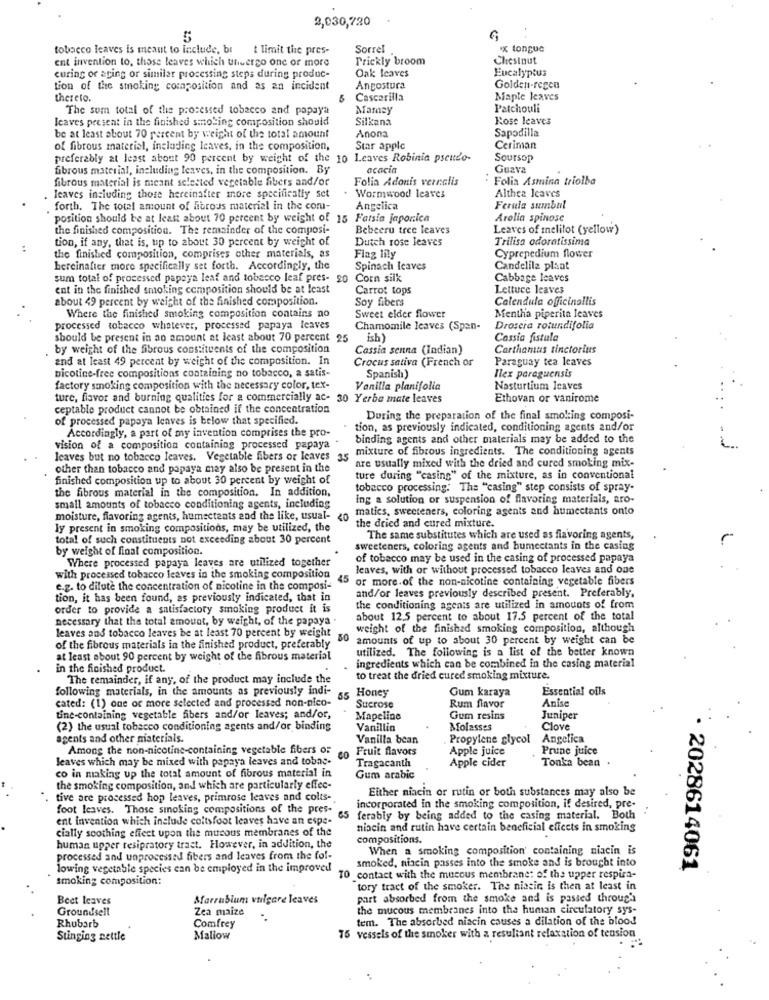
2,030,720
tobacco leaves is meant to include, bi t limit the pres-
Sorrel
x tongue
ent invention to, those leaves which thisergo one or more
Prickly broom
Chestnut
Eucalyptus
curing or aring or similar processing steps during produc-
Oak leaves
tion of the smoking composition and as an incident
Angostura
Golden-regen
thereto.
Cascarilla
Maple leaves
The sum total of the processed tobacco and papaya
Mamey
Patchouli
leaves present in the finished smoking composition should
Silkena
Rose leaves
Anona
Sapodilla
be at least about 70 percent by weight of the total amount
of fibrous material, including leaves, in the composition,
Star apple
Ceriman
preferably at least about 90 percent by weight of the 10 Leaves Robinia pseudo-
Soursop
fibrous material, including leaves, in the composition. By
acacia
Guzva
fibrous material is meant selected vegetable fibers and/or
Folia Adonis vernalis
Folia Asmina triolba
leaves including those hereinafter more specifically set
Wormwood leaves
Althea leaves
. forth. The total amount of fibrous material in the com-
Angelica
Ferula sumbal
position should be at least about 70 percent by weight of 15 Fatsia japonica
Arelia spinose
the finished composition. The remainder of the composi-
Bebeeru tree leaves
Leaves of melitot (yellow)
tion, if any, that is, up to about 30 percent by weight of
Dutch rose leaves
Trilisa odoratissima
the finished composition, comprises other materials, as
Flag lily
Cyprepedium flower
hereinafter more specifically set forth. Accordingly, the
Spinach Icaves
Candelila plaat
sum total of processed papaya leaf and tobacco leaf pres- 20 Corn silk
Cabbage leaves
ent in the finished smoking composition should be at least
Carrot tops
Lettuce leaves
about 49 percent by weight of the finished composition.
Soy fibers
Calendula officinalis
Sweet elder flower
Where the finished smoking composition contains no
Mentha piperita leaves
processed tobacco whatever, processed papaya leaves
Chamomile leaves (Spen-
Droscia rotundifolia
should be present in an amount at least about 70 percent 25 ish)
Cassia fistula
by weight of the fibrous constituents of the composition
Cassia senna (Indian)
Carthamus tinctorius
and at least 49 percent by weight of the composition. In
Crocus sativa (French or
Paraguay tea leaves
nicotine-free compositions containing no tobacco, a satis-
Spanish)
Ilex paraguensis
factory smoking composition with the necessary color, tex-
Vanilla planifolia
Nasturtium Icaves
ture, flavor and burning qualities for a commercially ac- 30 Yerba mate leaves
Ethovan or vanirome
ceptable product cannot be obtained if the concentration
of processed papaya leaves is below that specified.
During the preparation of the final smoking composi-
tion, as previously indicated, conditioning agents and/or
Accordingly, a part of my invention comprises the pro-
a -
binding agents and other materials may be added to the
vision of a composition containing processed papaya
leaves but no tobacco leaves. Vegetable fibers or leaves 35 mixture of fibrous ingredients. The conditioning agents
are usually mixed with the dried and cured smoking mix-
other than tobacco and papaya may also be present in the
finished composition up to about 30 percent by weight of
ture during "casing" of the mixture, as in conventional
the fibrous material in the composition. In addition,
tobacco processing. The "casing" step consists of spray-
ing a solution or suspension of flavoring materials, aro-
small amounts of tobacco conditioning agents, including
matics, sweeteners, coloring agents and humectants onto
moisture, flavoring agents, humectents and the like, usual- 40
ly present in smoking compositions, may be utilized, the
the dried and cured mixture.
total of such constituents not exceeding about 30 percent
The same substitutes which are used as flavoring agents,
by weight of final composition.
sweeteners, coloring agents and bumectants in the casing
Where processed papaya leaves are utilized together
of tobacco may be used in the casing of processed papaya
leaves, with or without processed tobacco leaves and one
with processed tobacco leaves in the smoking composition
45 or more.of the non-nicotine containing vegetable fibers
e.g. to dilute the concentration of nicotine in the composi-
and/or leaves previously described present. Preferably,
tion, it has been found, as previously indicated, that in
order to provide a satisfactory smoking product it is
the conditioning agents are utilized in amounts of from
necessary that the total amount, by weight, of the papaya
about 12.5 percent to about 17.5 percent of the total
leaves and tobacco leaves be at least 70 percent by weight
weight of the finished smoking composition, although
amounts of up to about 30 percent by weight can be
of the fibrous materials in the finished product, preferably
utilized. The following is a list of the better known
at least about 90 percent by weight of the fibrous material
in the finished product.
ingredients which can be combined in the casing material
The remainder, if any, of the product may include the
to treat the dried cured smoking mixture.
following materials, in the amounts as previously indi-
65 Honey
Gum karaya
Essential oils
cated: (1) one or more selected and processed non-pico-
Anise
Sucrose
Rum flavor
tine-containing vegetable fibers and/or leaves; and/or,
Mapeline
Gum resins
Juniper
(2) the usual tobacco conditioning agents and/or binding
Vanillin
Molasses
Clove
agents and other materials
Vanilla bean
Propylene glycol
Angelica
Among the non-nicotine-containing vegetable fibers or
Fruit flavors
Apple juice
Prune juice
leaves which may be mixed with papaya leaves and tobac-
Tragacanth
Apple cider
Tonka bean
co in making up the total amount of fibrous material in
Gum arabic
the smoking composition, and which are particularly effec-
Either niacin or rutin or both substances may also be
tive are processed hop leaves, primrose leaves and colts-
foot leaves. Those smoking compositions of the pres-
incorporated in the smoking composition, if desired, pre-
ent invention which include coltsfoot leaves have an espe-
65
ferably by being added to the casing material. Both
cially soothing effect upon the mucous membranes of the
niacin and rutin have certain beneficial effects in smoking
human upper resipratory tract. However, in addition, the
compositions.
When a smoking composition' containing niacin is
processed and unprocessed fibers and leaves from the fol-
smoked, niacin passes into the smoke and is brought into
lowing vegetable species can be employed in the improved
. 2028614061
smoking composition:
TO contact with the mucous membrane: of the upper respira-
tory tract of the smoker. The niasic is then at least in
Beet leaves
Marrubium vulgare leaves
part absorbed from the smoke and is passed through
Groundsell
Zea maize
the mucous membranes into the human circulatory sys-
tem. The absorbed niacin causes a dilation of the blood
Rhubarb
Comfrey
Stinging settle
Mallow
75 vessels of the smoker with a resultant relaxation of tension